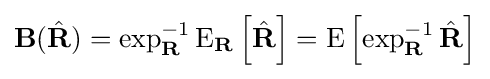
\mathbf {B} ({\hat {\mathbf {R} }})=\exp _{\mathbf {R} }^{-1}\mathrm {E} _{\mathbf {R} }\left[{\hat {\mathbf {R} }}\right]=\mathrm {E} \left[\exp _{\mathbf {R} }^{-1}{\hat {\mathbf {R} }}\right]